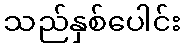
သည်နှစ်ပေါင်း